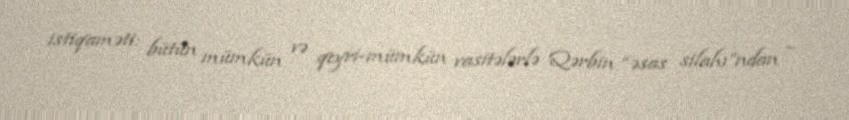
istiqaməti: bütün mümkün və qeyri-mümkün vasitələrlə Qərbin “əsas silahı”ndan –